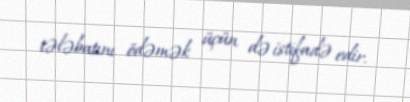
tələbatını ödəmək üçün də istifadə edir.